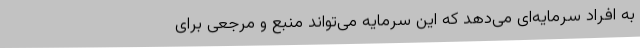
به افراد سرمایه‌ای می‌دهد که این سرمایه می‌تواند منبع و مرجعی برای